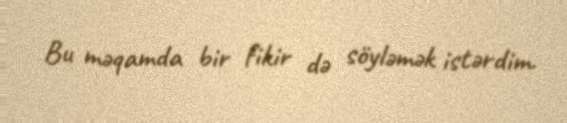
Bu məqamda bir fikir də söyləmək istərdim.